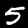
Label: 5